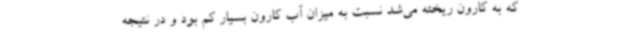
که به کارون ریخته می‌شد نسبت به میزان آب کارون بسیار کم بود و در نتیجه